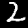
Label: 2